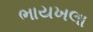
ભાયખલા